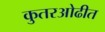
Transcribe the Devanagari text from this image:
कुतरओढीत